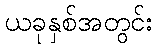
ယခုနှစ်အတွင်း